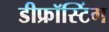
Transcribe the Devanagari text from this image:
डीफ्रॉस्टिंग